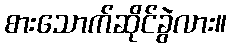
စားသောက်ဆိုင်ခွဲလား။